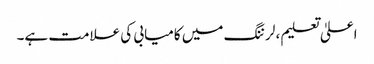
اعلیٰ تعلیم ، لرننگ میں کامیابی کی علامت ہے۔